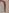
Text: 1